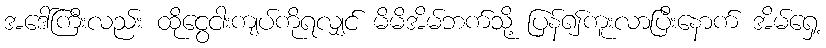
အဒေါ်ကြီးလည်း ထိုငွေငါးကျပ်ကိုရလျှင် မိမိအိမ်ဘက်သို့ ပြန်၍ကူးလာပြီးနောက် အိမ်ရှေ့